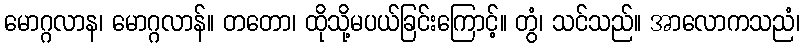
မောဂ္ဂလာန၊ မောဂ္ဂလာန်။ တတော၊ ထိုသို့မပယ်ခြင်းကြောင့်။ တွံ၊ သင်သည်။ အာလောကသညံ၊